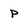
Character: P